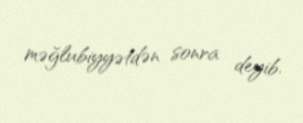
məğlubiyyətdən sonra deyib.